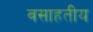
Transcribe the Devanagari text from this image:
वसाहतीय